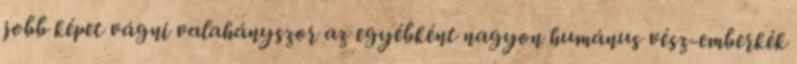
jobb képet vágni valahányszor az egyébként nagyon humánus vész-emberkék